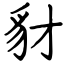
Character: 豺